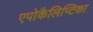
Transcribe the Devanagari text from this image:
एपोकैलिप्टिका